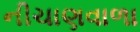
નીચાણવાળા